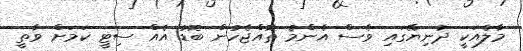
މާލެއަކީ ދުނިޔޭގައި ވެސް އެންމެ ތޮއްޖެހުން ބޮޑު އެއް ސިޓީ ކަމަށް ވާތީ